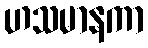
ဟသမာနကာ